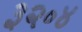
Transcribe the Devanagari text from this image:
३२॰४